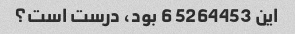
این 5264453 6 بود، درست است؟